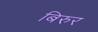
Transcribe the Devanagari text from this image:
बिरुर